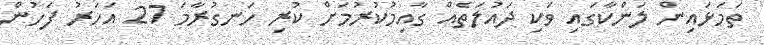
ތަމަޅައިން ލަންކާގައި ވަކި ދައުލަތެއް ގާއިމުކުރުމަށް ކުރި ހަނގުރާމަ 27 އަހަރު ފަހުން